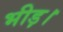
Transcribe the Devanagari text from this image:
भीड़़।